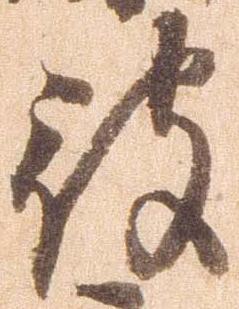
被